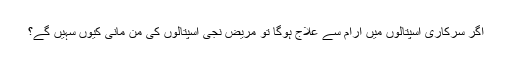
اگر سرکاری اسپتالوں میں آرام سے علاج ہوگا تو مریض نجی اسپتالوں کی من مانی کیوں سہیں گے؟